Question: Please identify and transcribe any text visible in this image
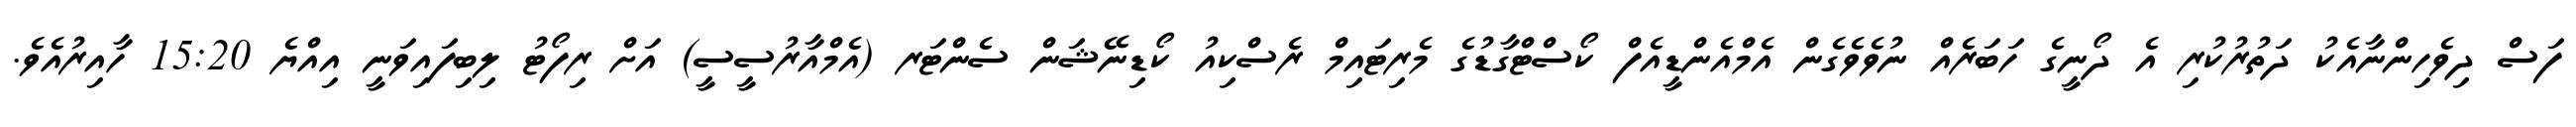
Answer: ފަސް ދިވެހިންނާއެކު ދަތުރުކުރި އެ ދޯނީގެ ހަބަރެއް ނުވެވެގެން އެމްއެންޑީއެފް ކޯސްޓްގާޑުގެ މެރިޓައިމް ރެސްކިއު ކޯޑިނޭޝަން ސެންޓަރ (އެމްއާރުސީސީ) އަށް ރިފޯޓު ލިބިފައިވަނީ އިއްޔެ 15:20 ހާއިރުއެވެ.